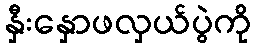
နှီးနှောဖလှယ်ပွဲကို